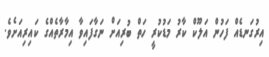
އިރުގަނޑެއް ފަހުން އަލޫކް ކާރު މަޑުކުރީ ހަތް ބުރިއަށް ނަގާފައިވާ އިމާރާތެއްގެ ކައިރިއަށެވެ.